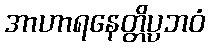
အာဟာရနေတ္တိပ္ပဘဝံ